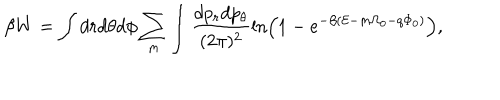
LaTeX: \beta W = \int d r d \theta d \phi \sum _ { m } \int \frac { d p _ { r } d p _ { \theta } } { ( 2 \pi ) ^ { 2 } } \ln \left( 1 - e ^ { - \beta ( { \cal E } - m \Omega _ { 0 } - q \Phi _ { 0 } ) } \right) ,